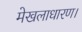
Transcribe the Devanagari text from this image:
मेखलाधारण।